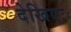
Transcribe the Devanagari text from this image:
देखिएः